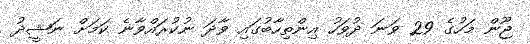
ޖޫން މަހުގެ 29 ވަނަ ދުވަހު އިންތިހާބުގައި ވާދަ ނުކުރައްވާނެ ކަމަށް ނަޝީދު